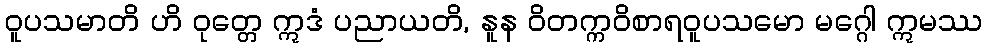
ဝူပသမာတိ ဟိ ဝုတ္တေ ဣဒံ ပညာယတိ, နူန ဝိတက္ကဝိစာရဝူပသမော မဂ္ဂေါ ဣမဿ